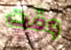
وقت